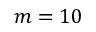
m = 1 0